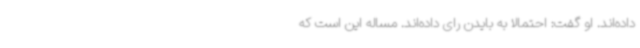
داده‌اند. او گفت: احتمالا به بایدن رای داده‌اند. مساله این است که